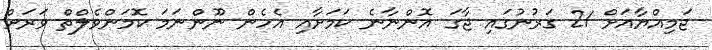
ޖަމިއްޔާއަށް 21 ގަރުނުގައި ޖާގަ އޮންނާނެ ކަމަށާއި އެހެން ނޫންނަމަ ކޮމަންވެލްތް ވަރަށް